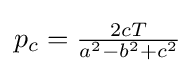
p_{c}={\tfrac {2cT}{a^{2}-b^{2}+c^{2}}}